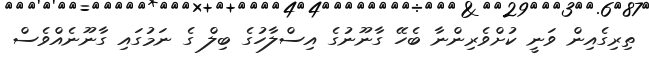
ތިރިގެއިން ވަނީ ކުށްވެރިންނާ ބެހޭ ގާނޫނުގެ އިސްލާހުގެ ބިލް ގެ ނަމުގައި ގާނޫނެއްވެސް